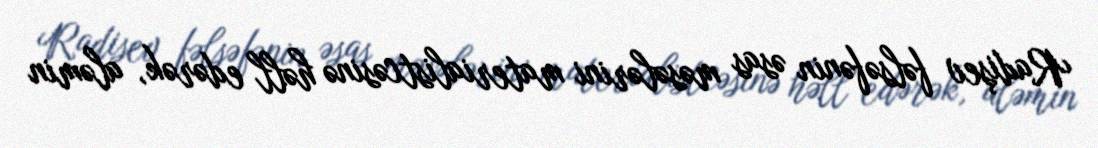
Radişev fəlsəfənin əsas məsələrini materialistcəsinə həll edərək, aləmin